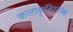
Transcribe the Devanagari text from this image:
कलाकृतिसापेक्ष